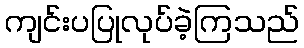
ကျင်းပပြုလုပ်ခဲ့ကြသည်